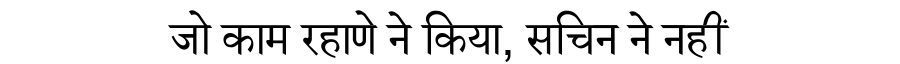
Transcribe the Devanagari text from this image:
जो काम रहाणे ने किया, सचिन ने नहीं